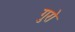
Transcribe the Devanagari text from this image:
गुरो